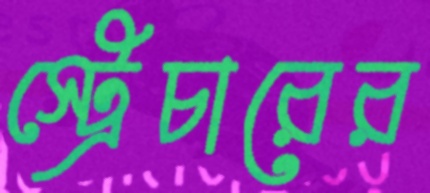
স্ট্রেচারের